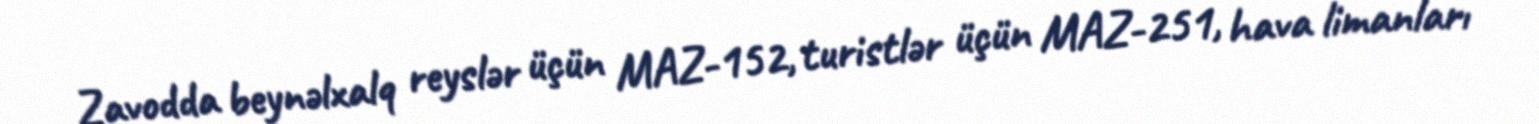
Zavodda beynəlxalq reyslər üçün MAZ-152, turistlər üçün MAZ-251, hava limanları